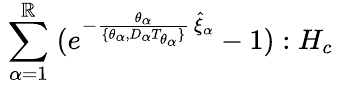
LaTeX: \; \sum_{\alpha=1}^{\mathbb{R}}\; (e^{-\frac{{\theta_{\alpha}}}{{\lbrace\theta_{\alpha},D_{\alpha}T_{\theta_{\alpha}}\rbrace}}\, \hat{{\xi}}_{\alpha}}-1):H_{c}\;